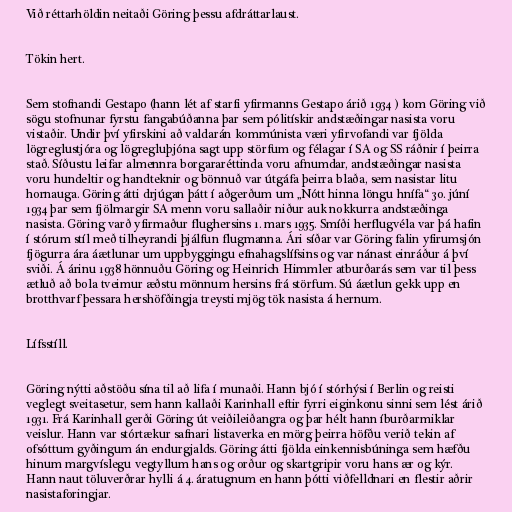
Við réttarhöldin neitaði Göring þessu afdráttarlaust.

Tökin hert.

Sem stofnandi Gestapo (hann lét af starfi yfirmanns Gestapo árið 1934 ) kom Göring við
sögu stofnunar fyrstu fangabúðanna þar sem pólitískir andstæðingar nasista voru
vistaðir. Undir því yfirskini að valdarán kommúnista væri yfirvofandi var fjölda
lögreglustjóra og lögregluþjóna sagt upp störfum og félagar í SA og SS ráðnir í þeirra
stað. Síðustu leifar almennra borgararéttinda voru afnumdar, andstæðingar nasista
voru hundeltir og handteknir og bönnuð var útgáfa þeirra blaða, sem nasistar litu
hornauga. Göring átti drjúgan þátt í aðgerðum um „Nótt hinna löngu hnífa“ 30. júní
1934 þar sem fjölmargir SA menn voru sallaðir niður auk nokkurra andstæðinga
nasista. Göring varð yfirmaður flughersins 1. mars 1935. Smíði herflugvéla var þá hafin
í stórum stíl með tilheyrandi þjálfun flugmanna. Ári síðar var Göring falin yfirumsjón
fjögurra ára áætlunar um uppbyggingu efnahagslífsins og var nánast einráður á því
sviði. Á árinu 1938 hönnuðu Göring og Heinrich Himmler atburðarás sem var til þess
ætluð að bola tveimur æðstu mönnum hersins frá störfum. Sú áætlun gekk upp en
brotthvarf þessara hershöfðingja treysti mjög tök nasista á hernum.

Lífsstíll.

Göring nýtti aðstöðu sína til að lifa í munaði. Hann bjó í stórhýsi í Berlin og reisti
veglegt sveitasetur, sem hann kallaði Karinhall eftir fyrri eiginkonu sinni sem lést árið
1931. Frá Karinhall gerði Göring út veiðileiðangra og þar hélt hann íburðarmiklar
veislur. Hann var stórtækur safnari listaverka en mörg þeirra höfðu verið tekin af
ofsóttum gyðingum án endurgjalds. Göring átti fjölda einkennisbúninga sem hæfðu
hinum margvíslegu vegtyllum hans og orður og skartgripir voru hans ær og kýr.
Hann naut töluverðrar hylli á 4. áratugnum en hann þótti viðfelldnari en flestir aðrir
nasistaforingjar.